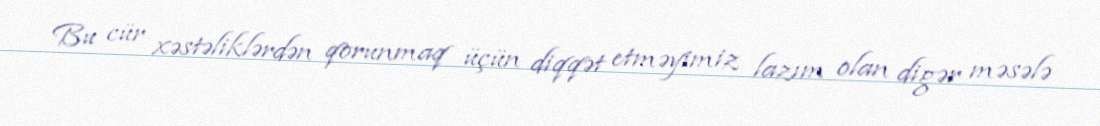
Bu cür xəstəliklərdən qorunmaq üçün diqqət etməyimiz lazım olan digər məsələ